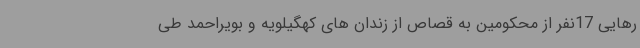
رهایی 17نفر از محکومین به قصاص از زندان های کهگیلویه و بویراحمد طی